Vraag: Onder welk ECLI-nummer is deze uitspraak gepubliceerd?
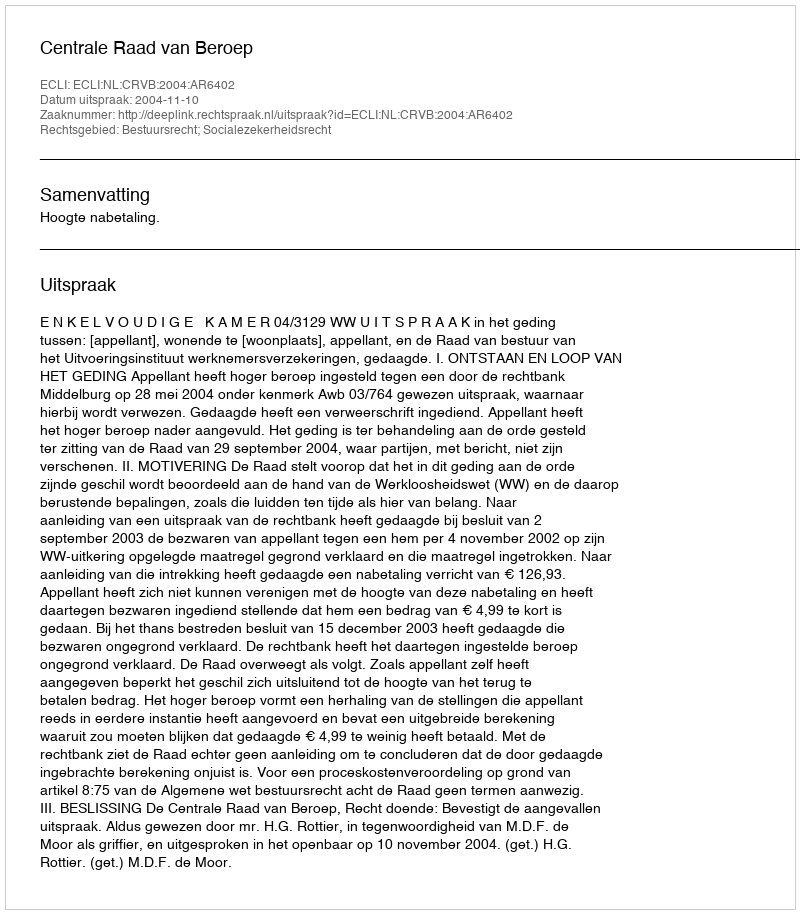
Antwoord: ECLI:NL:CRVB:2004:AR6402